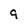
Character: 9